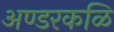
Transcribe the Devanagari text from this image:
अण्डरकळि